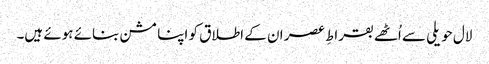
لال حویلی سے اُٹھے بقراطِ عصر ان کے اطلاق کو اپنا مشن بنائے ہوئے ہیں۔